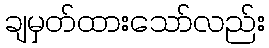
ချမှတ်ထားသော်လည်း